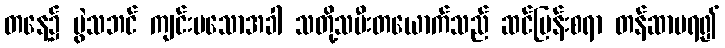
တနေ့၌ ပွဲသဘင် ကျင်းပသောအခါ သတို့သမီးတယောက်သည် ဆင်မြန်းစရာ တန်ဆာမရ၍